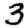
Digit: 3